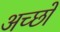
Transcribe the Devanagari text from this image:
अच्छों